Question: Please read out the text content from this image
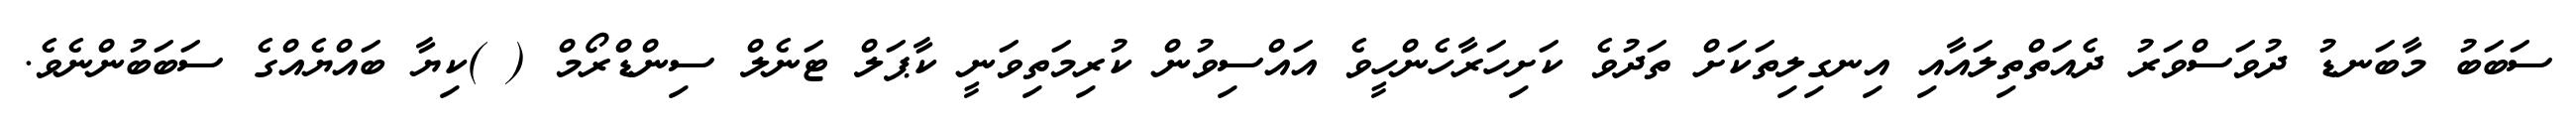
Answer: ސަބަބު މާބަނޑު ދުވަސްވަރު ދެއަތްތިލައާއި އިނގިލިތަކަށް ތަދުވެ ކަށިހަރާހެންހީވެ އައްސިވުން ކުރިމަތިވަނީ ކާޕަލް ޓަނެލް ސިންޑްރޯމް ( )ކިޔާ ބައްޔެއްގެ ސަބަބުންނެވެ.